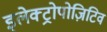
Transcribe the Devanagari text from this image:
इलेक्ट्रोपोज़िटिव